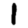
Digit: 1